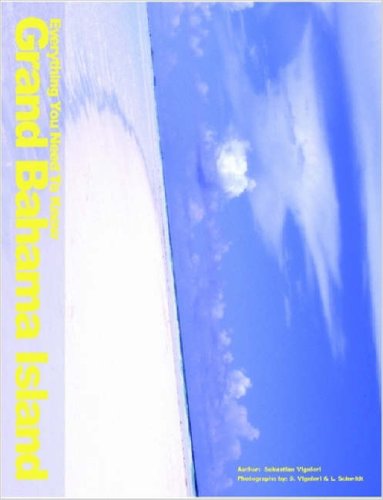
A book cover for Everything You Need to Know Grand Bahama Island; Sebastian Vignieri; Travel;